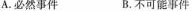
A.必然事件 B.不可能事件